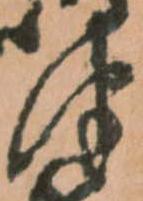
津